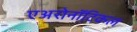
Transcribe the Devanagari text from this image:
एअरोनॉटिकल